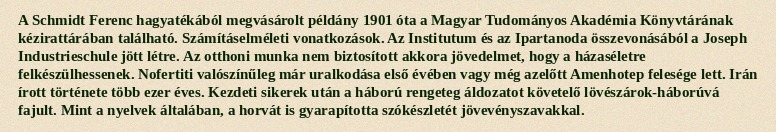
A Schmidt Ferenc hagyatékából megvásárolt példány 1901 óta a Magyar Tudományos Akadémia Könyvtárának kézirattárában található. Számításelméleti vonatkozások. Az Institutum és az Ipartanoda összevonásából a Joseph Industrieschule jött létre. Az otthoni munka nem biztosított akkora jövedelmet, hogy a házaséletre felkészülhessenek. Nofertiti valószínűleg már uralkodása első évében vagy még azelőtt Amenhotep felesége lett. Irán írott története több ezer éves. Kezdeti sikerek után a háború rengeteg áldozatot követelő lövészárok-háborúvá fajult. Mint a nyelvek általában, a horvát is gyarapította szókészletét jövevényszavakkal.